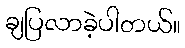
ချပြလာခဲ့ပါတယ်။